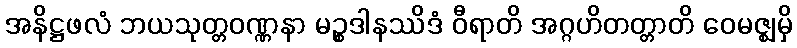
အနိဋ္ဌဖလံ ဘယသုတ္တဝဏ္ဏနာ မဉ္စဒါနဿိဒံ ဝီရာတိ အဂ္ဂဟိတတ္တာတိ ဝေမဇ္ဈမှိ